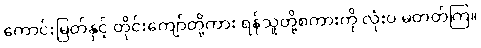
ကောင်းမြတ်နှင့် တိုင်းကျော်တို့ကား ရန်သူတို့စကားကို လုံးဝ မတတ်ကြ။